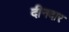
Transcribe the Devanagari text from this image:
दीनदार